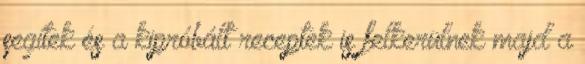
segítek és a kipróbált receptek is felkerülnek majd a